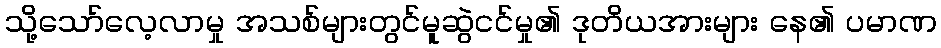
သို့သော်လေ့လာမှု အသစ်များတွင်မူဆွဲငင်မှု၏ ဒုတိယအားများ နေ၏ ပမာဏ